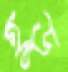
হুড়